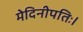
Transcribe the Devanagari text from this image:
मेदिनीपतिः।